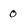
Character: O